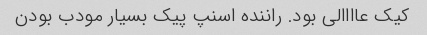
کیک عاااالی بود. راننده اسنپ پیک بسیار مودب بودن